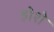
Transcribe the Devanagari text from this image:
होशे